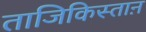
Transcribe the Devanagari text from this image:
ताजिकिस्ताऩ